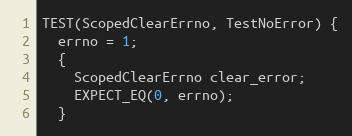
Language: C++
TEST(ScopedClearErrno, TestNoError) {
  errno = 1;
  {
    ScopedClearErrno clear_error;
    EXPECT_EQ(0, errno);
  }